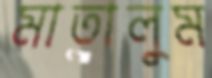
মাতালুম